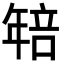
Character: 𭙄